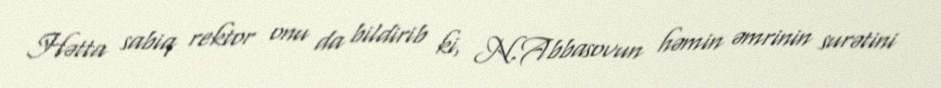
Hətta sabiq rektor onu da bildirib ki, N.Abbasovun həmin əmrinin surətini